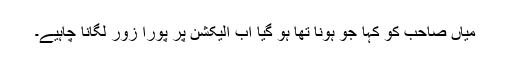
میاں صاحب کو کہا جو ہونا تھا ہو گیا اب الیکشن پر پورا زور لگانا چاہیے۔